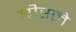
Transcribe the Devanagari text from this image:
बीस्ले